Leaving Certificate Examination, 1913
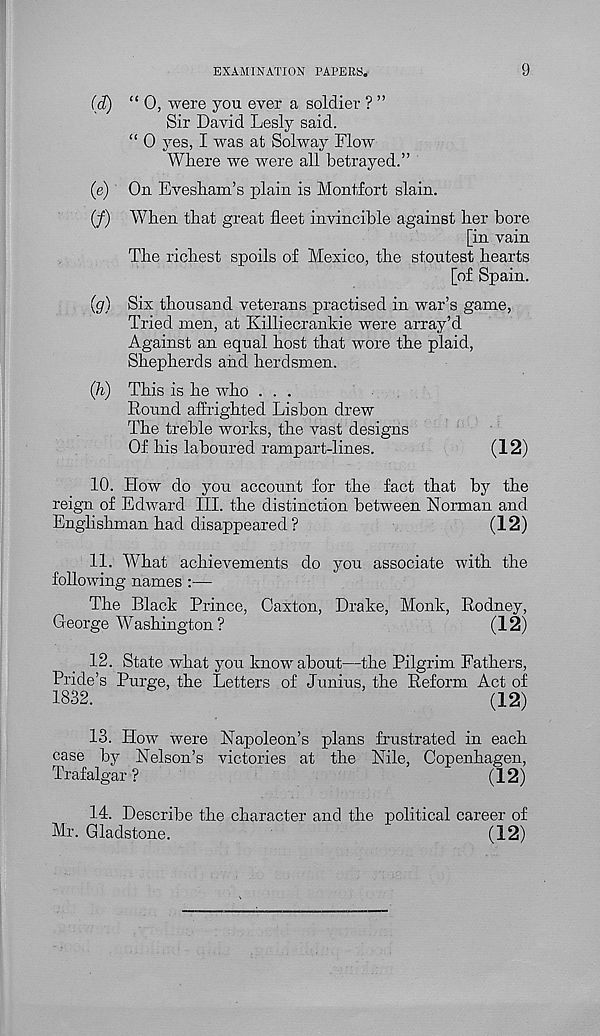
EXAMINATION PAPERS.
9
(ct) “ 0, were you ever a soldier ? ”
Sir David Lesly said.
“ 0 yes, I was at Solway Flow
Where we were all betrayed.”
(e) On Evesham’s plain is Montfort slain.
(/) When that great fleet invincible against her bore
[in vain
The richest spoils of Mexico, the stoutest hearts
[of Spain.
(g) Six thousand veterans practised in war’s game,
Tried men, at Killiecrankie were array’d
Against an equal host that wore the plaid,
Shepherds and herdsmen.
(h) This is he who ...
Round affrighted Lisbon drew
The treble works, the vast designs
Of his laboured rampart-lines.
(12)
10. How do you account for the fact that by the
reign of Edward III. the distinction between Norman and
Englishman had disappeared?
(12)
11. What achievements do you associate with the
following names :—
The Black Prince, Caxton, Drake, Monk, Rodney,
George Washington?
(12)
12. State what you know about—the Pilgrim Fathers,
Pride’s Purge, the Letters of Junius, the Reform Act of
1832.
(12)
13. How were Napoleon’s plans frustrated in each
case by Nelson’s victories at the Nile, Copenhagen,
Trafalgar?
(12)
14.
Describe the character and the
Mr. Gladstone.
(12)